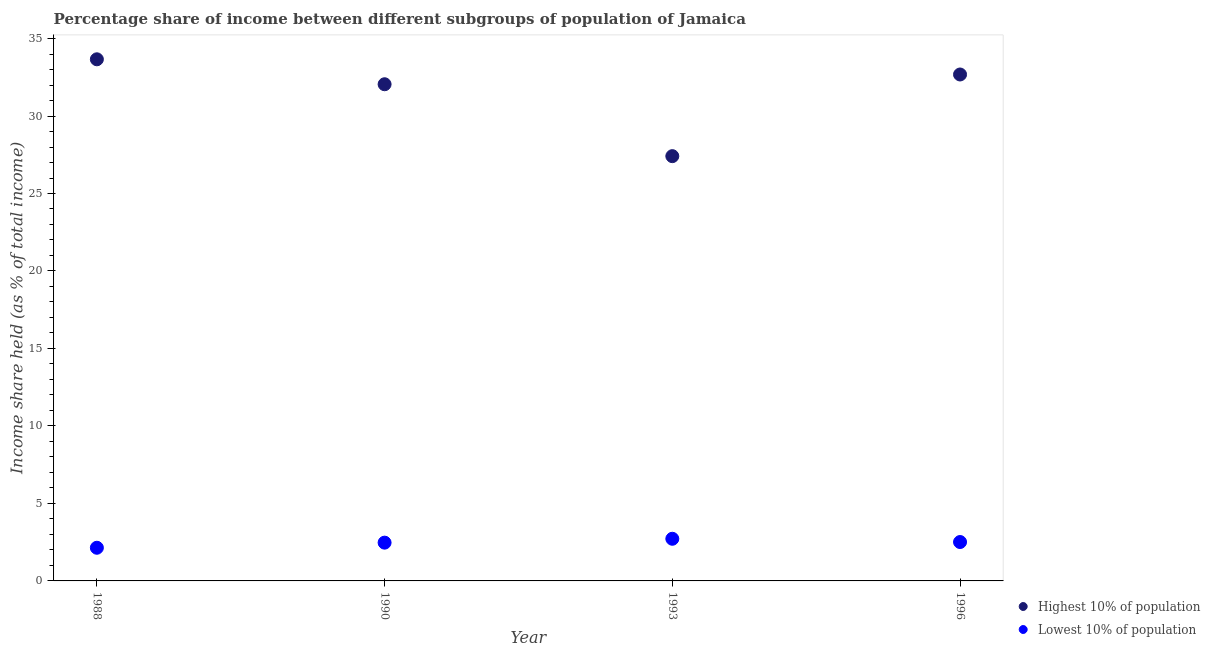
| Year | Highest 10% of population | Lowest 10% of population |
 | --- | --- | --- |
 | 1988 | 33.7 | 2.14 |
 | 1990 | 32 | 2.47 |
 | 1993 | 27.4 | 2.72 |
 | 1996 | 32.7 | 2.51 |